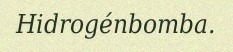
Hidrogénbomba.